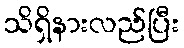
သိရှိနားလည်ပြီး